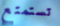
تستمتع